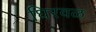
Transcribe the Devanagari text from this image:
घिरवळ